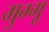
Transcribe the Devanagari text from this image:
मुग्गू